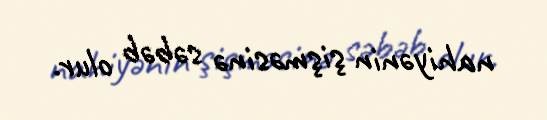
nahiyənin şişməsinə səbəb olur.